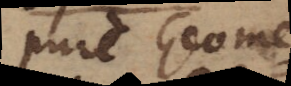
pure Geome